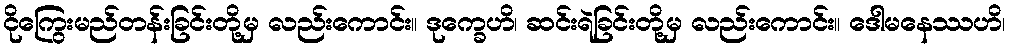
ငိုကြွေးမည်တန်းခြင်းတို့မှ လည်းကောင်း။ ဒုက္ခေဟိ၊ ဆင်းရဲခြင်းတို့မှ လည်းကောင်း။ ဒေါမနေဿဟိ၊